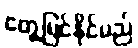
တွေ့မြင်နိုင်မည်